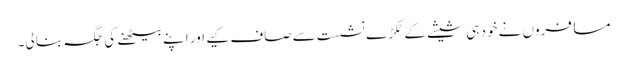
مسافروں نے خود ہی شیشے کے ٹکڑے نشست سے صاف کیے اور اپنے بیٹھنے کی جگہ بنا لی۔